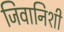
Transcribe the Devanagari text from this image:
जिवानिशी